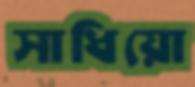
সাধিয়ো